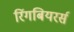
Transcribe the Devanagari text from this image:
रिंगबियरर्स